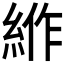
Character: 𰫦